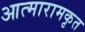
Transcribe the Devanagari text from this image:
आत्मारामकृत